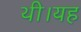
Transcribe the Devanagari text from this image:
थी।यह